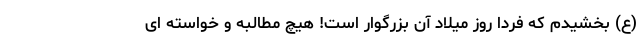
(ع) بخشیدم که فردا روز میلاد آن بزرگوار است! هیچ مطالبه و خواسته ای